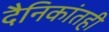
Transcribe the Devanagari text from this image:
दैनिकांतही